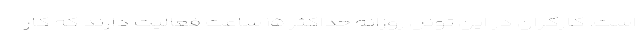
است. کارگران در این تونل روزانه حداکثر ۱۵ ساعت فعالیت دارند که کار